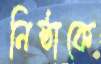
নিষ্ঠাকে